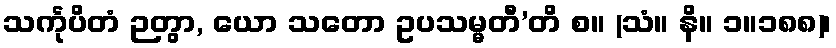
သင်္ကုပိတံ ဉတွာ, ယော သတော ဥပသမ္မတီ’တိ စ။ (သံ။ နိ။ ၁။၁၈၈)၊